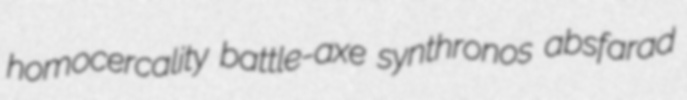
homocercality battle-axe synthronos absfarad